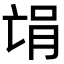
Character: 𫡻